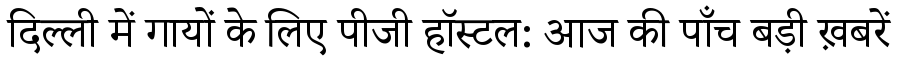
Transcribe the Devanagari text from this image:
दिल्ली में गायों के लिए पीजी हॉस्टल: आज की पाँच बड़ी ख़बरें